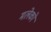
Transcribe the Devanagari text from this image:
मलेको